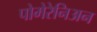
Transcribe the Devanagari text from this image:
पोमेरेनिअन